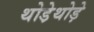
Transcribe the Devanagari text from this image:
थोडे़थोड़े